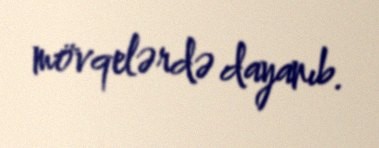
mövqelərdə dayanıb.